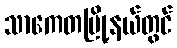
သာကေတမြို့နယ်တွင်